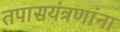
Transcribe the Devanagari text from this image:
तपासयंत्रणांना